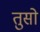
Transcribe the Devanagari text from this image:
तुसो